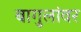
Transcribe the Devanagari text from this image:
बागुलांवर